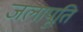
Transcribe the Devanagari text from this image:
जलापूति